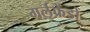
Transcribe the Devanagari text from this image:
गर्लफ्रेंडों